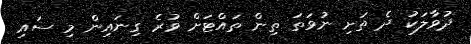
ދުވާލަކު ދެ ތަށި ނުވަތަ ތިން ތައްޓަށް ވުރެ ގިނައިން މި ސައި